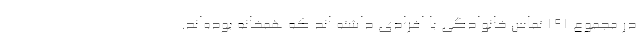
در مجموع ۱۹۱ تماس خانوادگی با افرادی داشته اند که همخانه بوده‌اند.